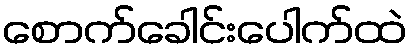
စောက်ခေါင်းပေါက်ထဲ